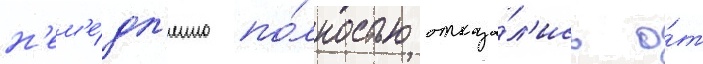
н'ем'е́дл'енно по́лностью отказа́л'ись о́т